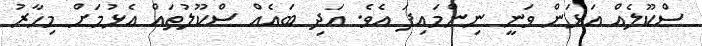
ސްކޫލެއް އަޅަން ވަނީ ނިންމައިފަ އެވެ. އަދި ބައެއް ސްކޫލުތައް އެޅުމަށް މިހާރު